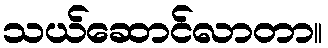
သယ်ဆောင်လာတာ။